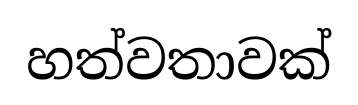
හත්වතාවක්